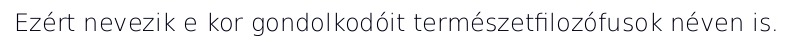
Ezért nevezik e kor gondolkodóit természetfilozófusok néven is.